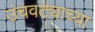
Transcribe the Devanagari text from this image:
उंचवट्याच्या